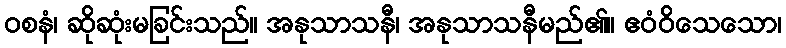
ဝစနံ၊ ဆိုဆုံးမခြင်းသည်။ အနုသာသနီ၊ အနုသာသနီမည်၏။ ဧဝံဝိသေသော၊